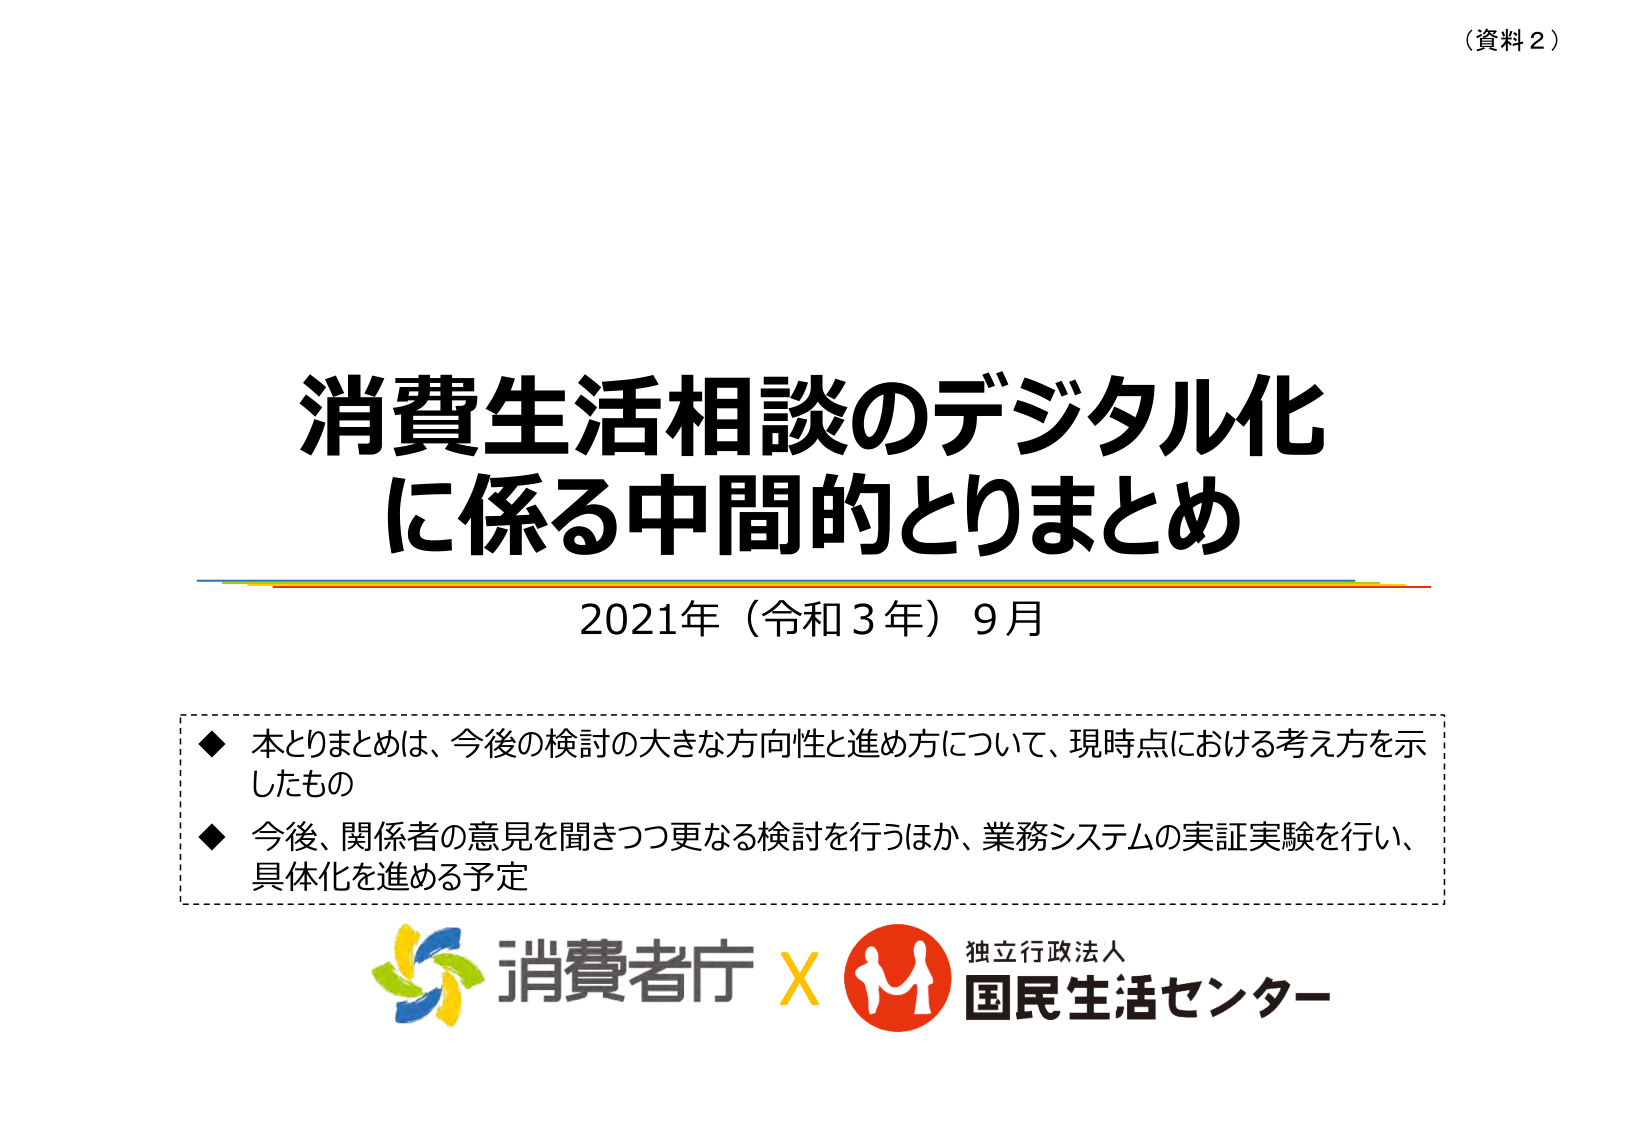
（資料２）

消費生活相談のデジタル化
に係る中間的とりまとめ

2021年（令和３年）９月

◆ 本とりまとめは、今後の検討の大きな方向性と進め方について、現時点における考え方を示したもの
◆ 今後、関係者の意見を聞きつつ更なる検討を行うほか、業務システムの実証実験を行い、具体化を進める予定

消費者庁 × 独立行政法人
国民生活センター